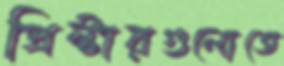
প্রিন্টারগুলোতে